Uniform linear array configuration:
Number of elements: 32
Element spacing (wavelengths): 0.75
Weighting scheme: uniform
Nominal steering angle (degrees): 15
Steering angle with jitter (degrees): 15.722
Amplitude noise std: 0.05
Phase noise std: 0.05

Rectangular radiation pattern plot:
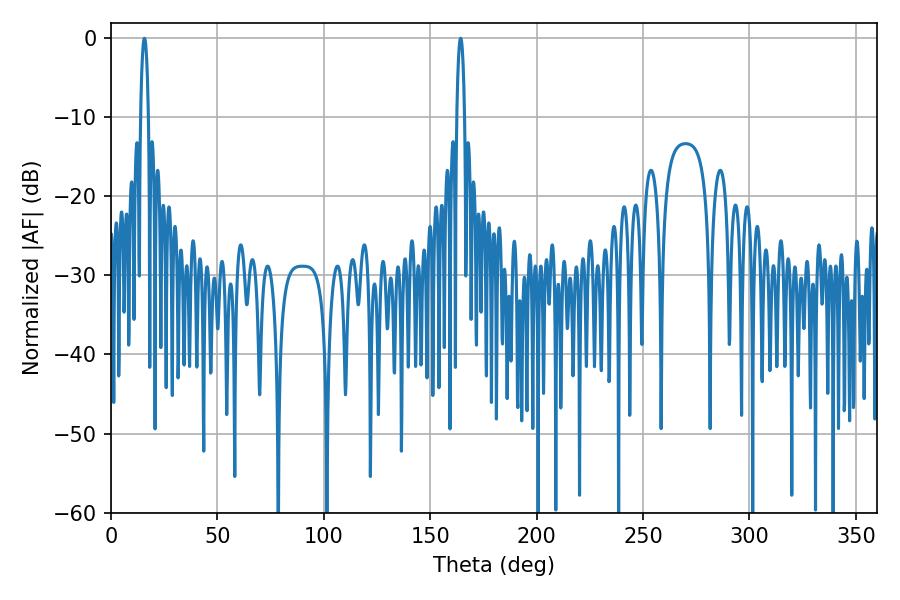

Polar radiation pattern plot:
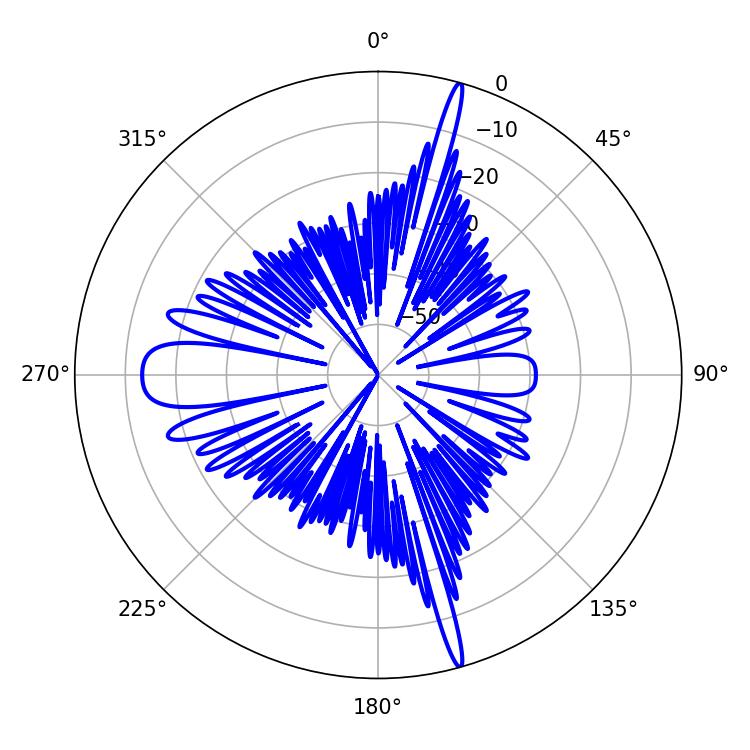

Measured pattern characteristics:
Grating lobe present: TRUE
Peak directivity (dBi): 24.098
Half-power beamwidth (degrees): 1.98
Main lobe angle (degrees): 164.34